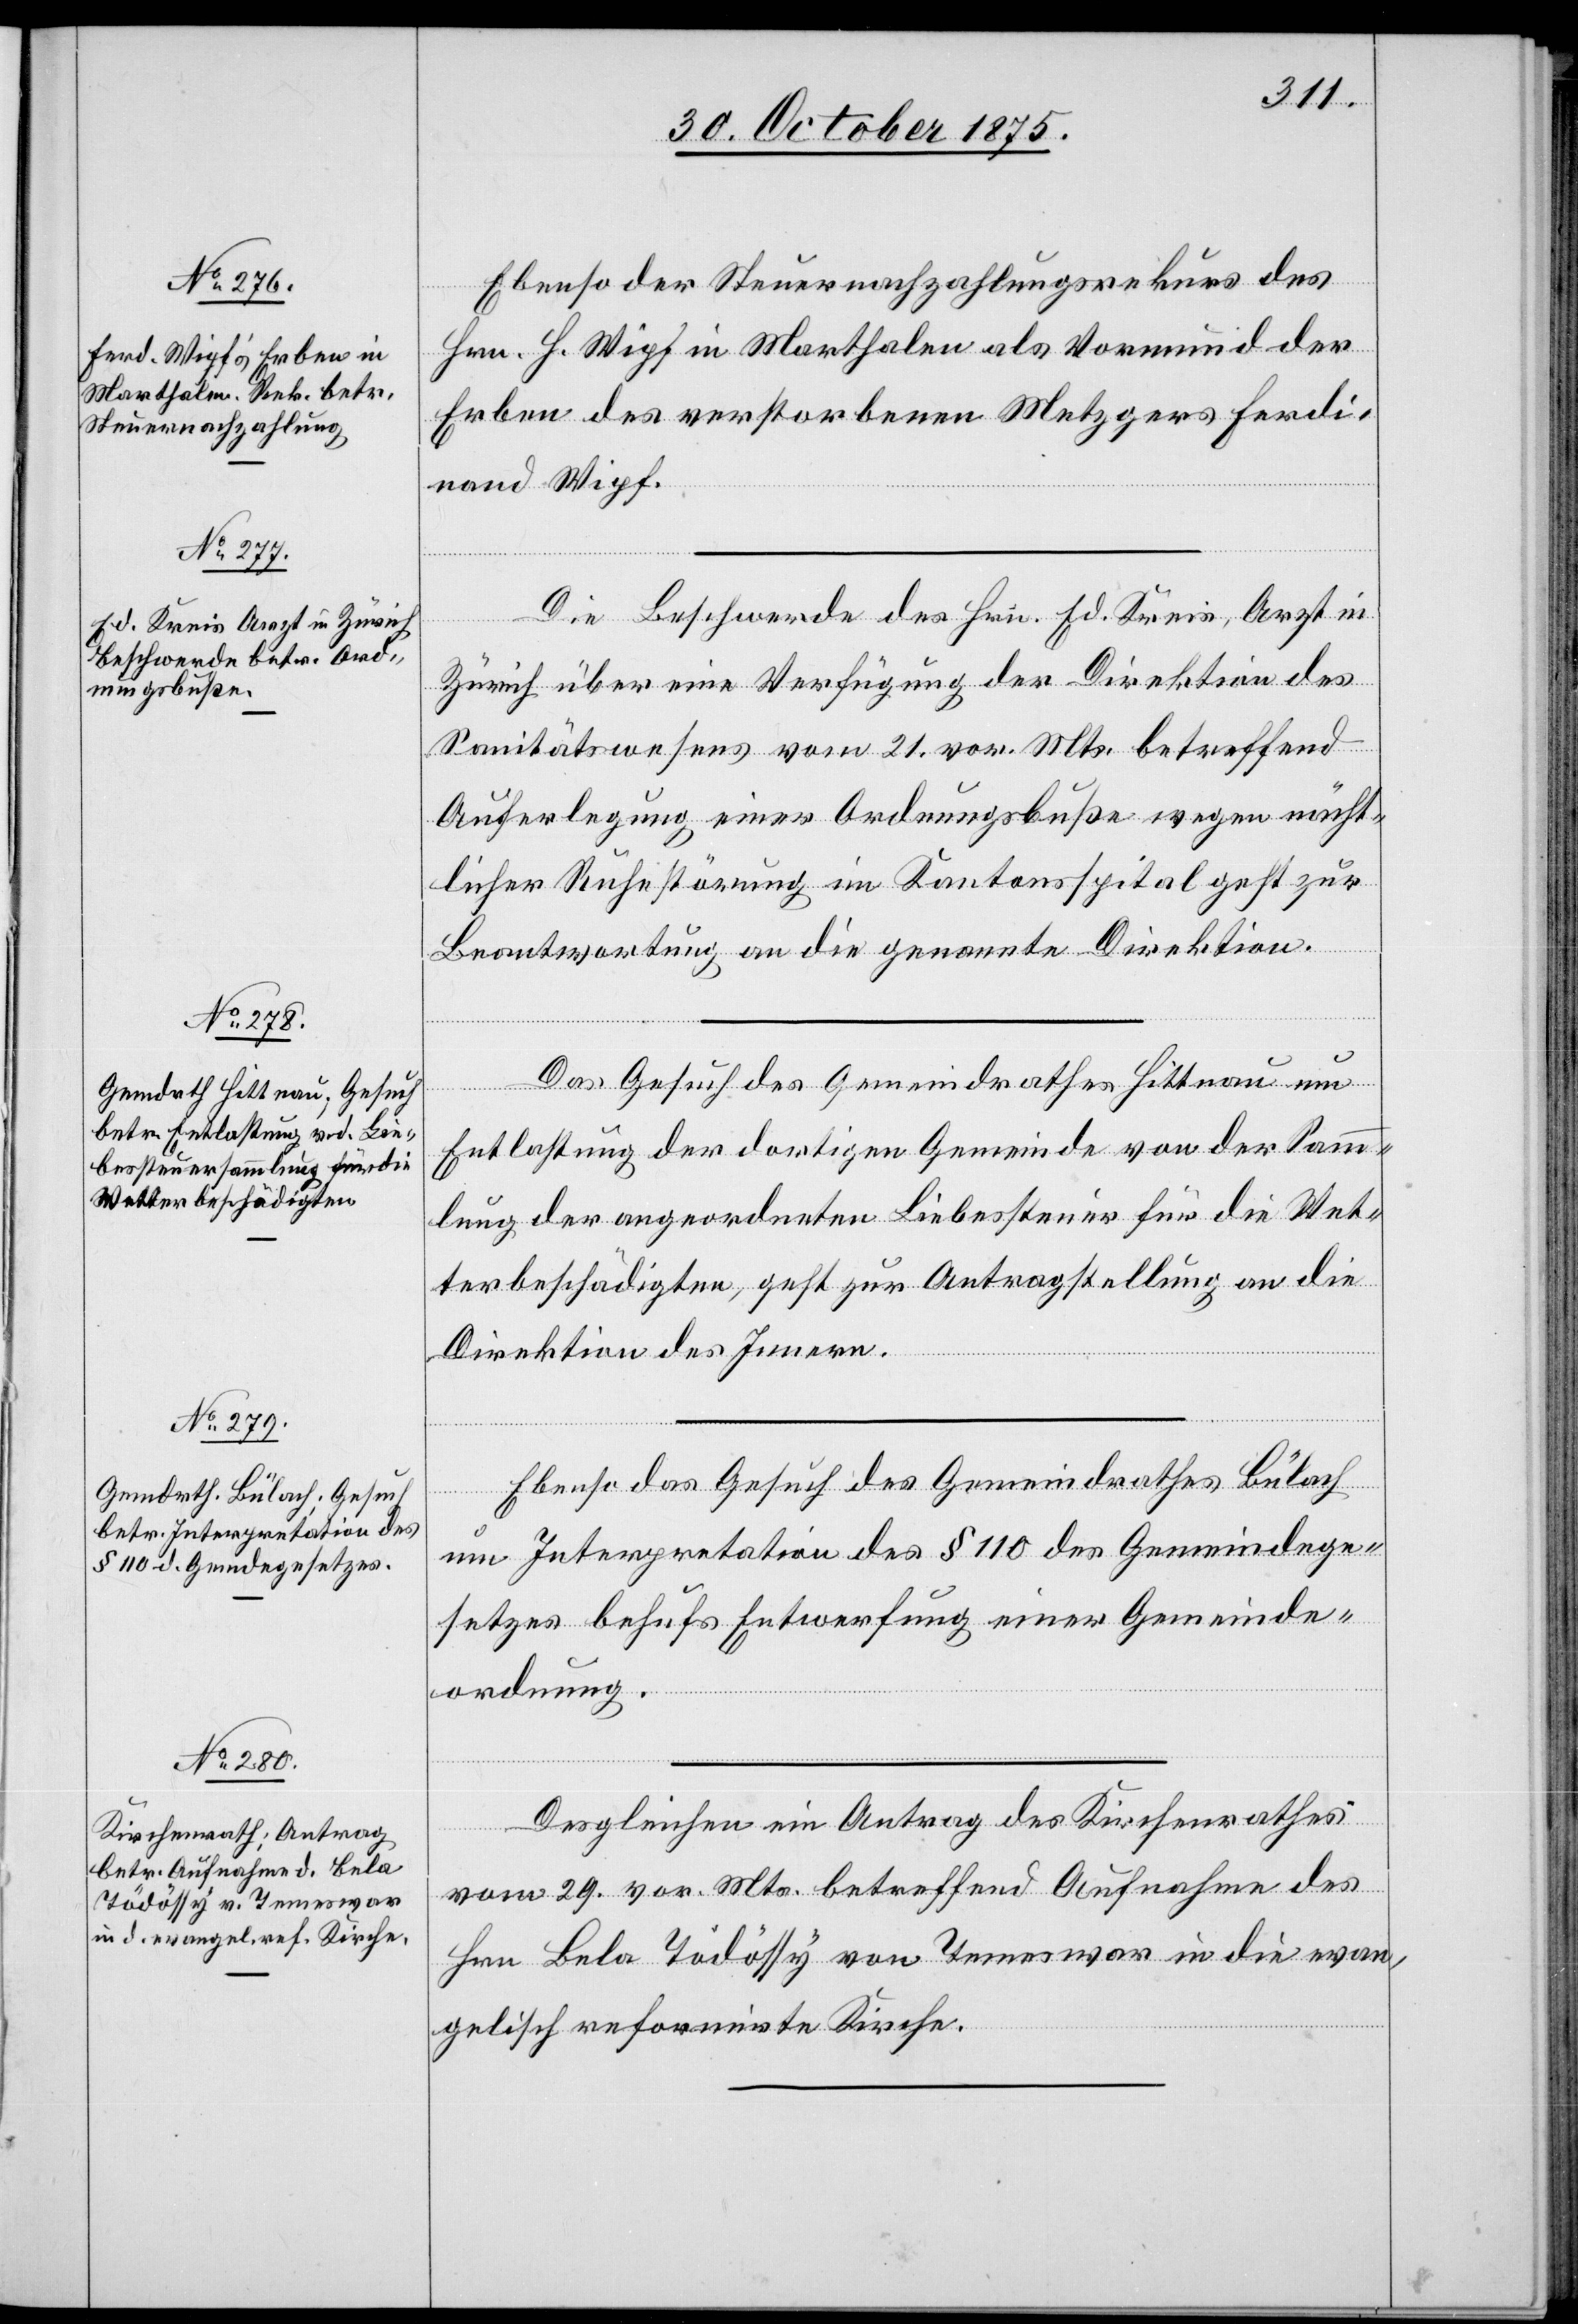
2. November 1875.]
Ebenso der Steuernachzahlungsrekurs des
Hrn. H. Wipf in Marthalen als Vormund der
Erben des verstorbenen Metzgers Ferdi¬
nand Wipf.
Die Beschwerde des Hrn. Ed. Kreis, Arzt in
2.
Zürich über eine Verfügung der Direktion des
Sanitätswesens vom 21. vor. Mts. betreffend
Auferlegung einer Ordnungsbuße wegen nächt¬
licher Ruhestörung im Kantonsspital geht zur
Beantwortung an die genannte Direktion.
Das Gesuch des Gemeindrathes Hittnau um
Entlastung der dortigen Gemeinde von der Samm¬
lung der angeordneten Liebessteuer für die Wet¬
terbeschädigten, geht zur Antragstellung an die
Direktion des Innern.
Ebenso das Gesuch des Gemeindrathes Bülach
um Interpretation des § 110 des Gemeindege¬
setzes behufs Entwerfung einer Gemeinde¬
ordnung.
Desgleichen ein Antrag des Kirchenrathes
November
vom 29. vor. Mts. betreffend Aufnahme des
Hrn. Bela Tödössy von Temeswar in die evan¬
gelisch[-]reformirte Kirche.